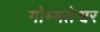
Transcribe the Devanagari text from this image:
गोम्मतेश्वर